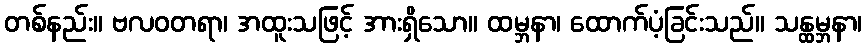
တစ်နည်း။ ဗလဝတရာ၊ အထူးသဖြင့် အားရှိသော။ ထမ္ဘနာ၊ ထောက်ပံ့ခြင်းသည်။ သန္ထမ္ဘနာ၊